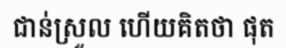
ជាន់ស្រួល ហើយគិតថា ផុត